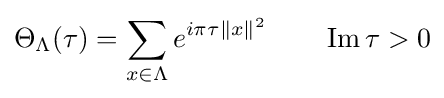
\Theta _{\Lambda }(\tau )=\sum _{x\in \Lambda }e^{i\pi \tau \|x\|^{2}}\qquad \operatorname {Im} \tau >0